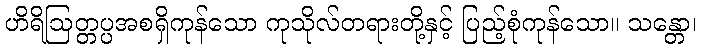
ဟိရိဩတ္တပ္ပအစရှိကုန်သော ကုသိုလ်တရားတို့နှင့် ပြည့်စုံကုန်သော။ သန္တော၊